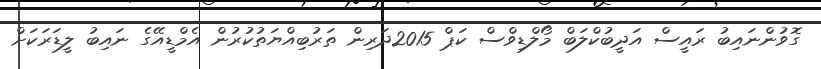
ގޮވުންނައިބު ރައީސް އަދީބުކްލަބް މޯލްޑިވްސް ކަޕް 2015ދަރިން ތަރުބިއްޔަތުކުރުން އެމްޑީއޭގެ ނައިބު ލީޑަރަކަށް